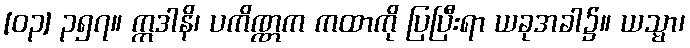
[၀၃] ၃၅၇။ ဣဒါနိ၊ ပကိဏ္ဏက ကထာကို ပြပြီးရာ ယခုအခါ၌။ ယသ္မာ၊